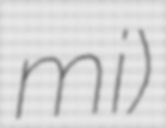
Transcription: mi)